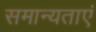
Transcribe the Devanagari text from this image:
समान्यताएं